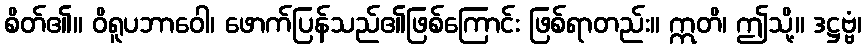
စိတ်၏။ ဝိရူပဘာဝေါ၊ ဖောက်ပြန်သည်၏ဖြစ်ကြောင်း ဖြစ်ရာတည်း။ ဣတိ၊ ဤသို့။ ဒဋ္ဌဗ္ဗံ၊